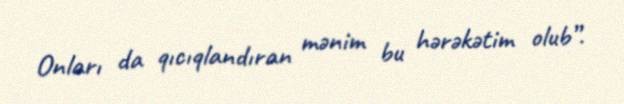
Onları da qıcıqlandıran mənim bu hərəkətim olub”.